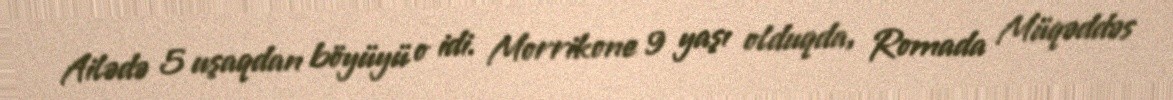
Ailədə 5 uşaqdan böyüyü o idi. Morrikone 9 yaşı olduqda, Romada Müqəddəs